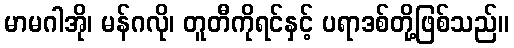
မာမဂါအို၊ မန်ဂလို၊ တူတီကိုရင်နှင့် ပရာဒစ်တို့ဖြစ်သည်။